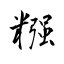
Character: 糨